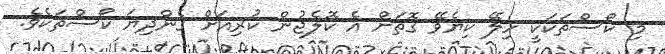
މި ކޯސްތަކަކީ ހިލޭ ކިޔެވޭ ގޮތަށް އެ ކޮލެޖުން ކުރިއަށް ގެންދިޔަ ކޯސްތަކެވެ.